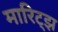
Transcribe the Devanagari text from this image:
मारिट्झ